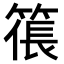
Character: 𥱭